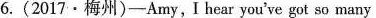
6.(2017·梅州)-Amy,I hear you've got so many